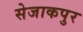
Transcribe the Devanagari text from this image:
सेजाकपुर